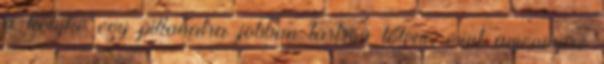
a kölyke egy pillanatra jobban tartson tőlem, mint amennyire